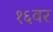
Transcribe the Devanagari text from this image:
१६वर